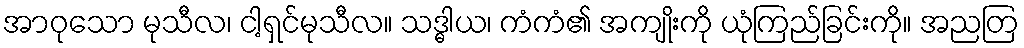
အာဝုသော မုသီလ၊ ငါ့ရှင်မုသီလ။ သဒ္ဓါယ၊ ကံကံ၏ အကျိုးကို ယုံကြည်ခြင်းကို။ အညတြ